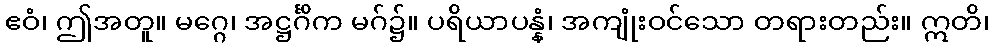
ဧဝံ၊ ဤအတူ။ မဂ္ဂေ၊ အဋ္ဌင်္ဂိက မဂ်၌။ ပရိယာပန္နံ၊ အကျုံးဝင်သော တရားတည်း။ ဣတိ၊